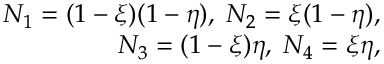
\begin{array} { r } { N _ { 1 } = ( 1 - \xi ) ( 1 - \eta ) , \; N _ { 2 } = \xi ( 1 - \eta ) , } \\ { N _ { 3 } = ( 1 - \xi ) \eta , \; N _ { 4 } = \xi \eta , } \end{array}